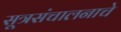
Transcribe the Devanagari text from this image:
सूत्रसंचालनाचे